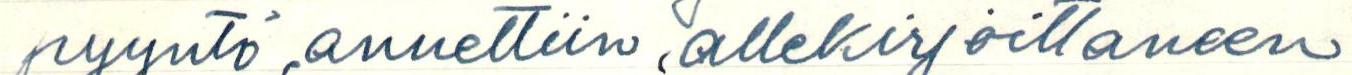
pyyntö annettiin allekirjoittaneen